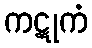
ကဋုကံ